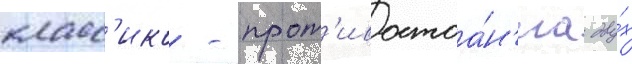
класс'ико - прот'ивостоа́н'иа дву́х